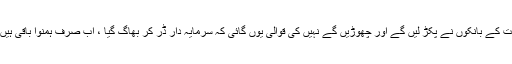
اس حکومت کے بانکوں نے پکڑ لیں گے اور چھوڑیں گے نہیں کی قوالی یوں گائی کہ سرمایہ دار ڈر کر بھاگ گیا ، اب صرف ہمنوا باقی ہیں اور قوال۔